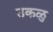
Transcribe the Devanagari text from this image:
उकळु